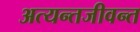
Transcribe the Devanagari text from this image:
अत्यन्तजीवन्त